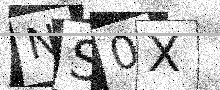
Text: NS0X